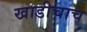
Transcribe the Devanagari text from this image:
खाडीचाच